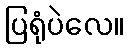
ပြရုံပဲလေ။